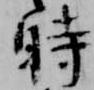
時